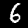
Digit: 6